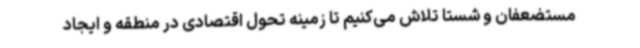
مستضعفان و شستا تلاش می‌کنیم تا زمینه تحول اقتصادی در منطقه و ایجاد